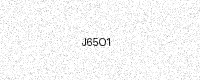
Text: J65O1